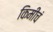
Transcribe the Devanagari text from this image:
किमीचं